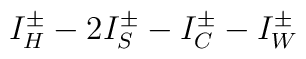
I^{\pm }_{H}-2I^{\pm }_{S}-I^{\pm }_{C}-I^{\pm }_{W}